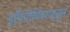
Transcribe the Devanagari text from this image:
इथियोपियापासून